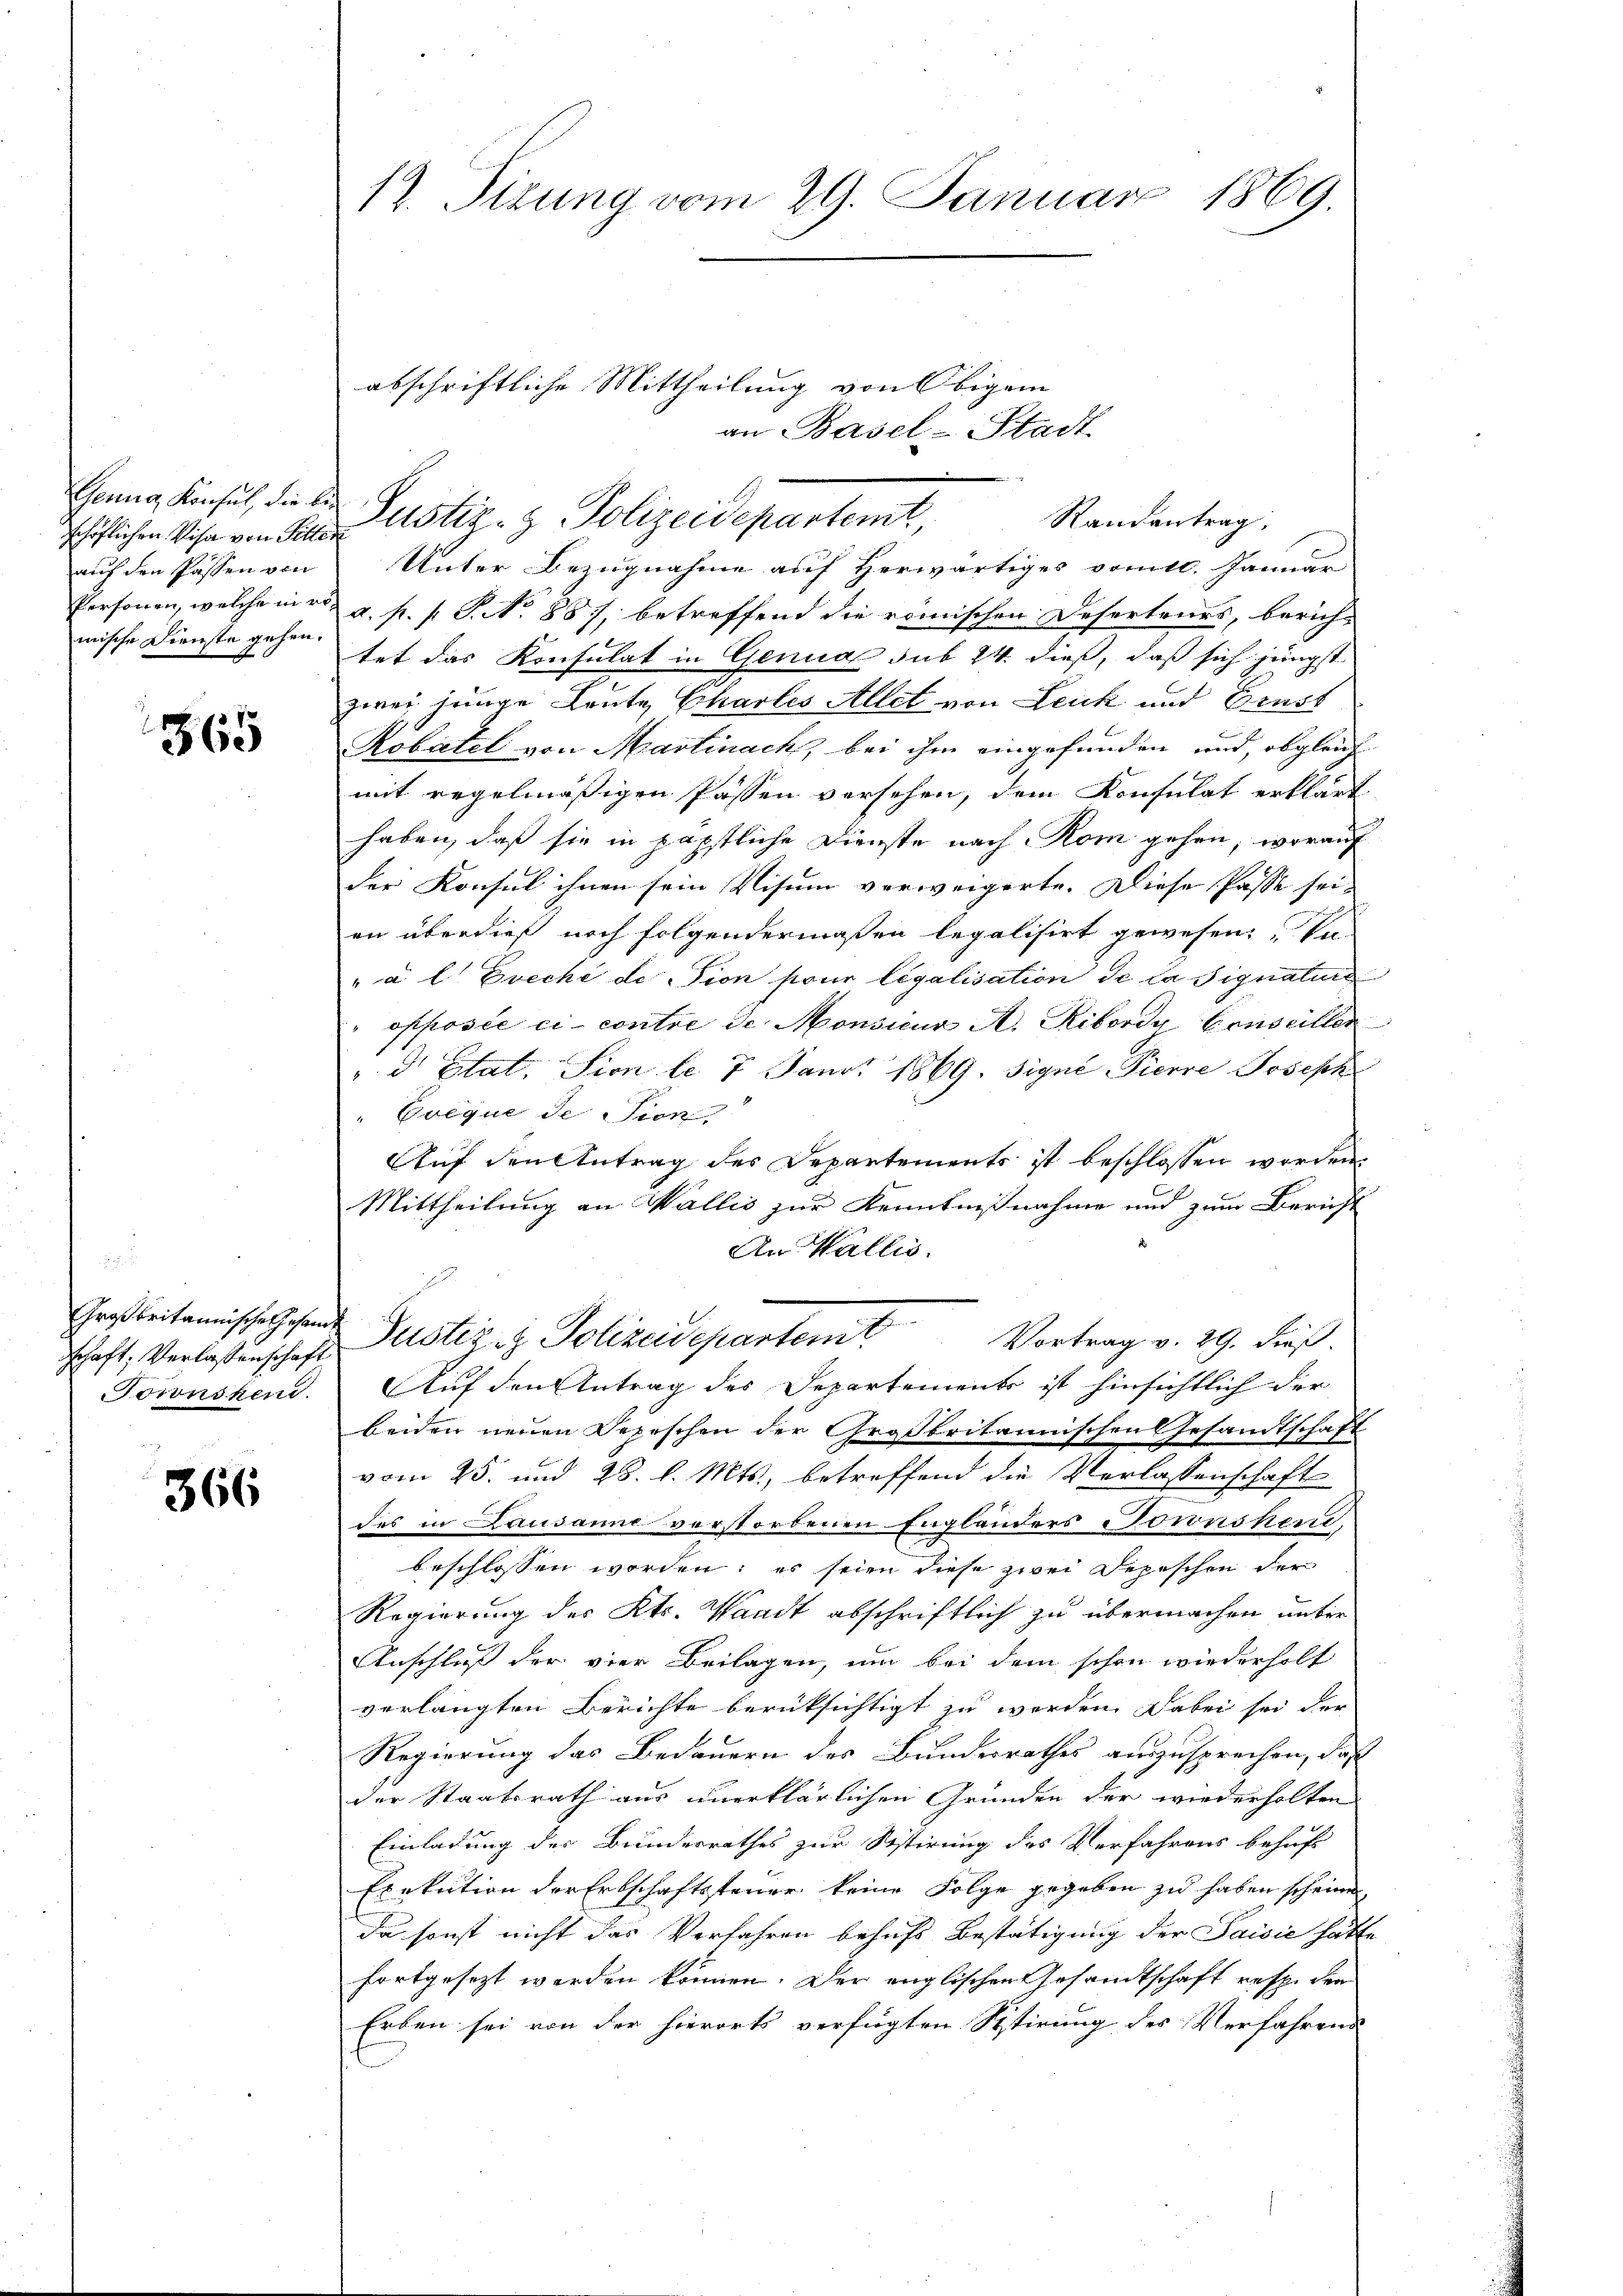
schöflichen Visa von Sitte
auf den Passen von
Personen, welche mir
mische Dienste gehen.

365

Großbritannische Gesandte
schaft, Verlassenschaft
Townskend.

366

12. Tizung vom 29. Januar 1869.

abschriftliche Mittheilung von Obigem
Geung, Konsul, die bis Justiz- & Polizeidepartemt
Randantrag.

Unter Bezugnahme auf Herwärtiges vom 10. Januar
a. p. f. P. No 887, betreffend die römischen Deserteurs, berichtet das Konsulat in Genua sub 24. dieß, daß sich jüngst
zwei junge Leute Chartes Allet von Leuk und Brust
Robatel von Martinach, bei ihm eingefunden und, obgleich
mit regelmäßigen Passen versehen, dem Konsulat erklärt
haben, daß sie in päpstliche Dienste nach Rom gehen, worauf
der Konsul ihnen sein Visum verweigerte. Diese Pässe sei-
an überdieß noch folgendermaßen legalisirt gewesen; Va-
„à l. Evechi desion pour legalisation de la signaturs
opposée ci- contre de Monsicus A. Ribordy Conseillen
" d Etat. Sion d. 7. Jan. 1869 signi-Pierre Joseph
Erique de Sien,
Auf den Antrag des Departements ist beschlossen worden.
Mittheilung an Wallis zur Kenntnißnahme und zum Bericht
An Wallis.
Justiz & Polizeidepartemt. Vortrag v. 29. dieß.
Auf den Antrag des Departements ist hinsichtlich der
beiden neuen Depeschen der Großbritannischen Gesandtschaft
vom 25. und 28. l. Mts., betreffend die Verlassenschafts
des in Lausanne verstorbenen Engländers Toronsker,
beschlossen worden; es seien diese zwei Depeschen der
Regierung des Kts. Waadt abschriftlich zu übermachen unter
Anschluß der vier Beilagen, um bei dem schon wiederholt
verlangten Berichte berücksichtigt zu werden. Dabei sei der
Regierung das Bedauern des Bundesrathes auszusprechen, daß
der Staatsrath aus unerklärlichen Gründen der wiederholten
Einladung der Bundesrathes zur Sistirung des Verfahrens behuf
Exekution der Erbschaftssteuer keine Folge gegeben zu haben scheinen,
da sonst nicht das Verfahren behufs Bestätigung der Saisić hätte
fortgesezt werden können. Der englischen Gesandtschaft resp. den
Erben sei von der hierorts verfügten Sistirung des Verfahrens

an Basel-Stadt